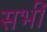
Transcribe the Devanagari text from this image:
सभीं